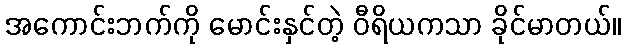
အကောင်းဘက်ကို မောင်းနှင်တဲ့ ဝီရိယကသာ ခိုင်မာတယ်။